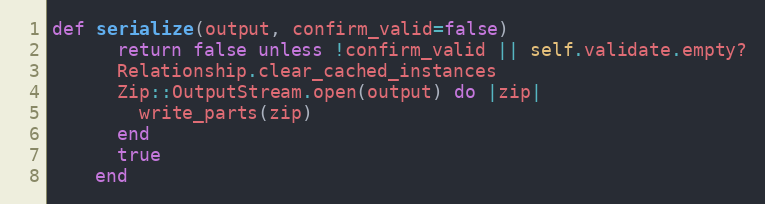
Language: Ruby
def serialize(output, confirm_valid=false)
      return false unless !confirm_valid || self.validate.empty?
      Relationship.clear_cached_instances
      Zip::OutputStream.open(output) do |zip|
        write_parts(zip)
      end
      true
    end